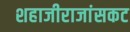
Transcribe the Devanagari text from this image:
शहाजीराजांसकट